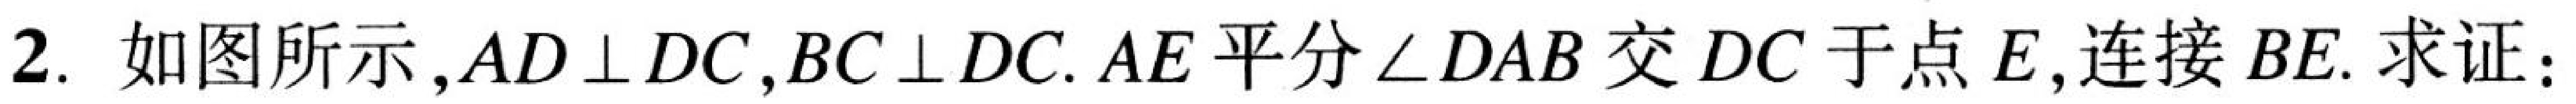
2. 如图所示,\(AD\perp DC\),\(BC\perp DC\). \(AE\)平分\(\angle DAB\)交\(DC\)于点\(E\),连接\(BE\). 求证: